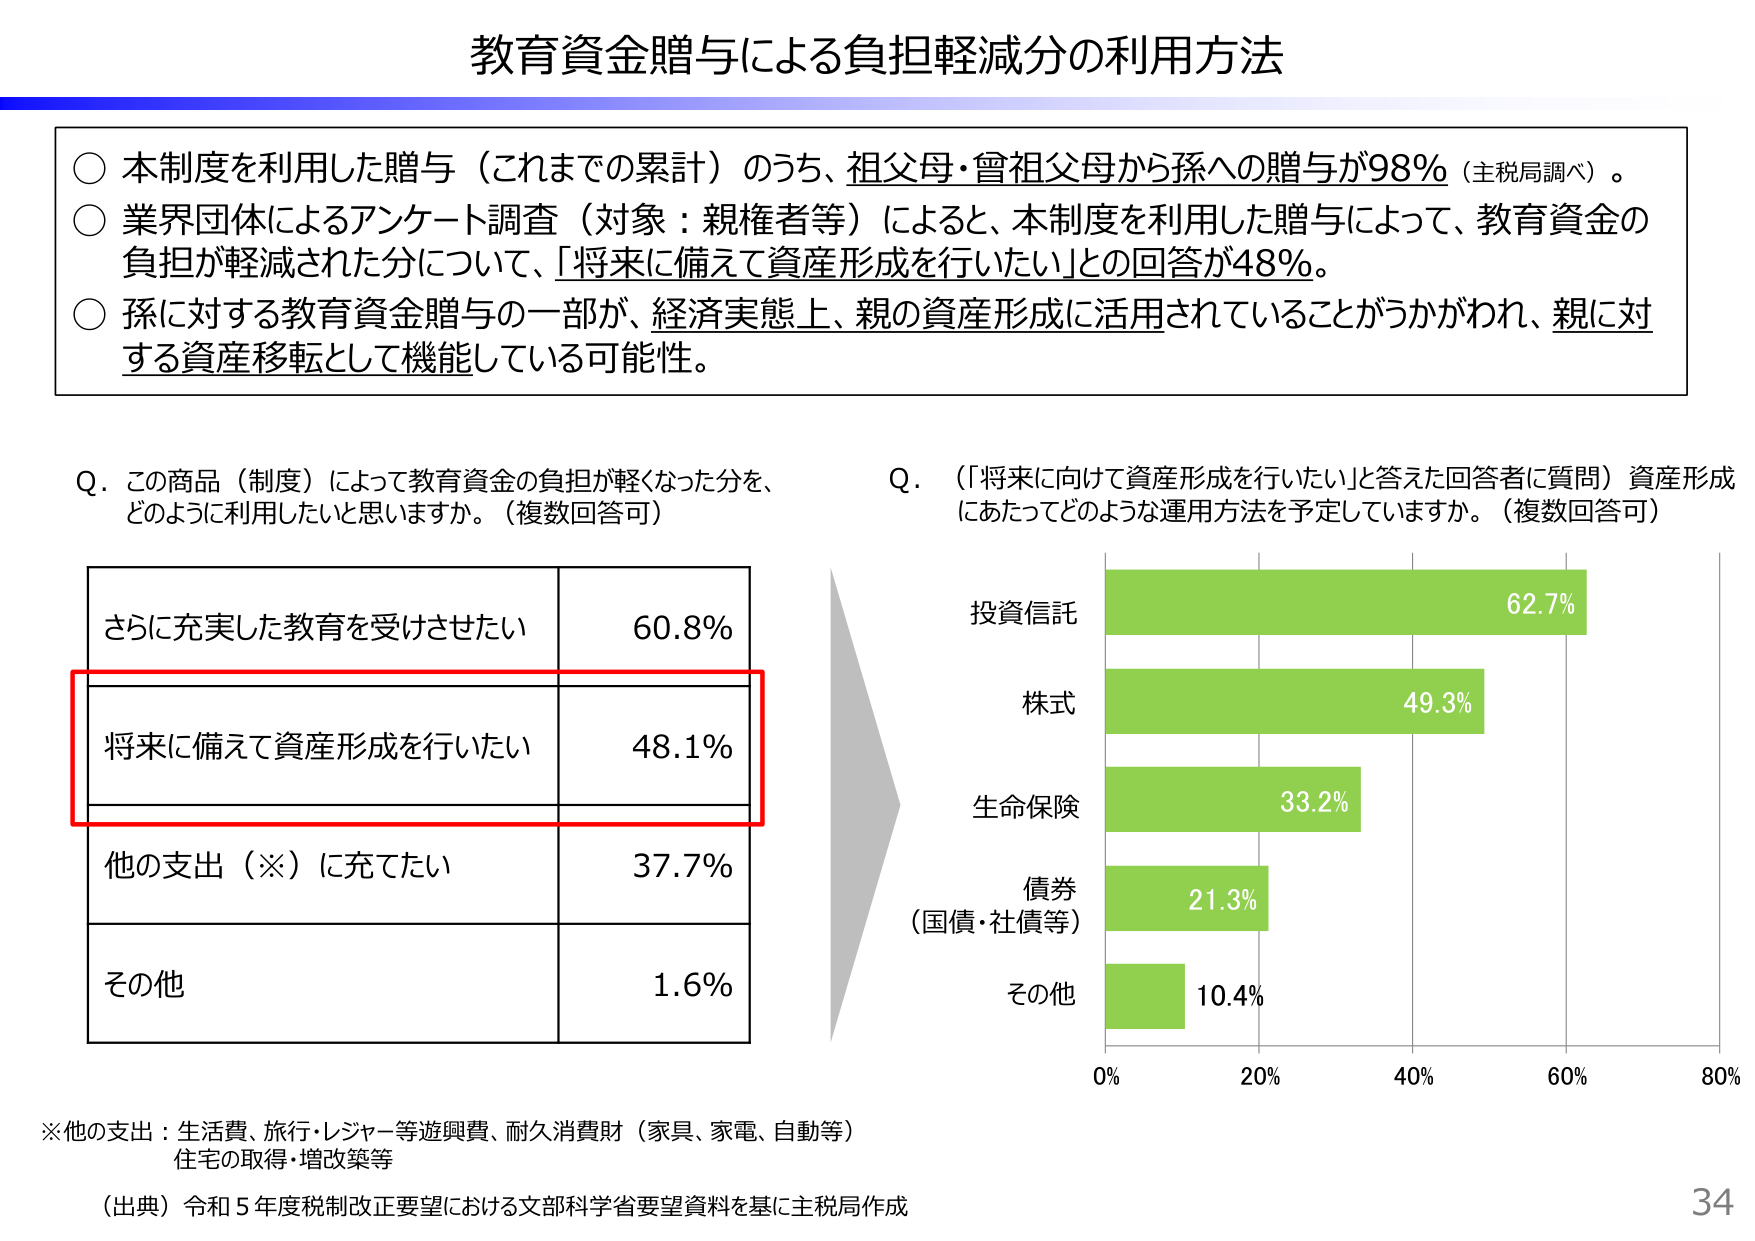
教育資金贈与による負担軽減分の利用方法

○ 本制度を利用した贈与（これまでの累計）のうち、祖父母・曾祖父母から孫への贈与が98％（主税局調べ）。
○ 業界団体によるアンケート調査（対象：親権者等）によると、本制度を利用した贈与によって、教育資金の負担が軽減された分について、「将来に備えて資産形成を行いたい」との回答が48％。
○ 孫に対する教育資金贈与の一部が、経済実態上、親の資産形成に活用されていることがうかがわれ、親に対する資産移転として機能している可能性。

Q．この商品（制度）によって教育資金の負担が軽くなった分を、どのように利用したいと思いますか。（複数回答可）

さらに充実した教育を受けさせたい　60.8％
将来に備えて資産形成を行いたい　48.1％
他の支出（※）に充てたい　37.7％
その他　1.6％

※他の支出：生活費、旅行・レジャー等遊興費、耐久消費財（家具、家電、自動等）住宅の取得・増改築等

Q．（「将来に向けて資産形成を行いたい」と答えた回答者に質問）資産形成にあたってどのような運用方法を予定していますか。（複数回答可）

投資信託　62.7％
株式　49.3％
生命保険　33.2％
債券（国債・社債等）　21.3％
その他　10.4％

（出典）令和5年度税制改正要望における文部科学省要望資料を基に主税局作成

34